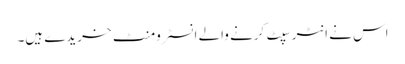
اس نے انٹرسپٹ کرنے والے انسٹرومنٹ خریدے ہیں۔